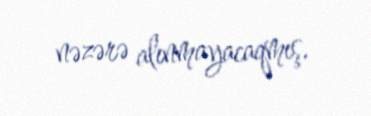
nəzərə alınmayacaqmış.